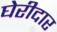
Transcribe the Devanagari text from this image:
घेरीदार